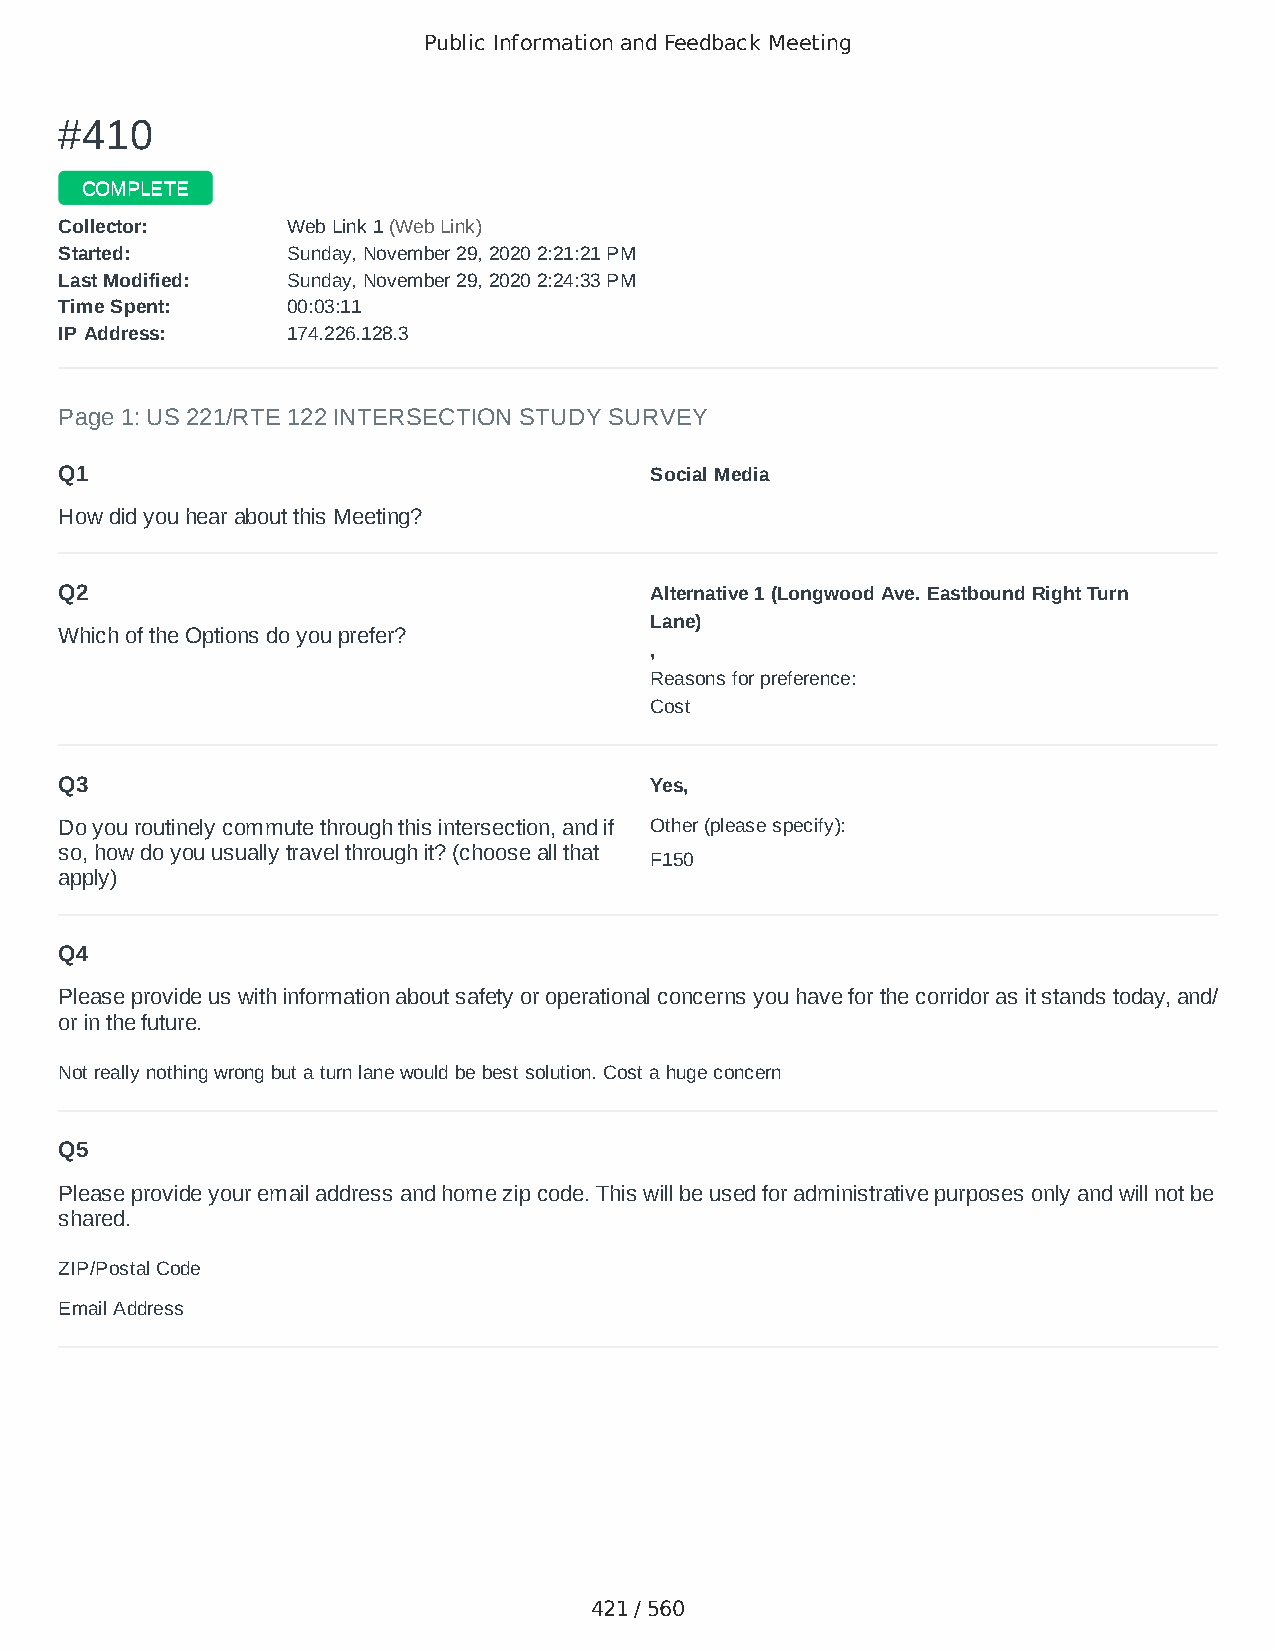
Public Information and Feedback Meeting
 ##441100
 CCOOMMPPLLEETTEE
 CCoolllleeccttoorr:: WWeebb LLiinnkk 11 ((WWeebb LLiinnkk))
 SSttaarrtteedd:: SSuunnddaayy,, NNoovveemmbbeerr 2299,, 22002200 22::2211::2211 PPMM
 LLaasstt MMooddiiffiieedd:: SSuunnddaayy,, NNoovveemmbbeerr 2299,, 22002200 22::2244::3333 PPMM
 TTiimmee SSppeenntt:: 0000::0033::1111
 IIPP AAddddrreessss:: 117744..222266..112288..33
 Page 1: US 221/RTE 122 INTERSECTION STUDY SURVEY
 Q1                                     Social Media
 How did you hear about this Meeting?
 Q2                                     Alternative 1 (Longwood Ave. Eastbound Right Turn
 Lane)
 Which of the Options do you prefer?
 ,
 Reasons for preference:
 Cost
 Q3                                     Yes,
 Do you routinely commute through this intersection, and if Other (please specify):
 so, how do you usually travel through it? (choose all that
 F150
 apply)
 Q4
 Please provide us with information about safety or operational concerns you have for the corridor as it stands today, and/
 or in the future.
 Not really nothing wrong but a turn lane would be best solution. Cost a huge concern
 Q5
 Please provide your email address and home zip code. This will be used for administrative purposes only and will not be
 shared.
 ZIP/Postal Code                        24523
 Email Address                          mhfirefighter834@aol.com
 421 / 560